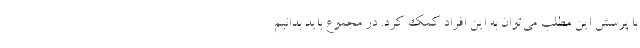
با پرسش این مطلب می‌توان به این افراد کمک کرد. در مجموع باید بدانیم